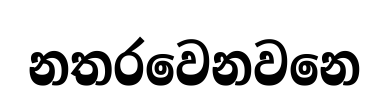
නතරවෙනවනෙ